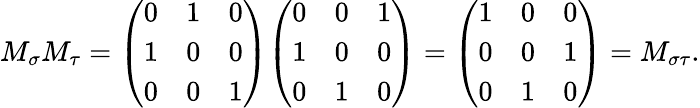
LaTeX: M_{\sigma}M_{\tau}={\left(\begin{array}{lll}{0}&{1}&{0}\\ {1}&{0}&{0}\\ {0}&{0}&{1}\end{array}\right)}{\left(\begin{array}{lll}{0}&{0}&{1}\\ {1}&{0}&{0}\\ {0}&{1}&{0}\end{array}\right)}={\left(\begin{array}{lll}{1}&{0}&{0}\\ {0}&{0}&{1}\\ {0}&{1}&{0}\end{array}\right)}=M_{\sigma\tau}.